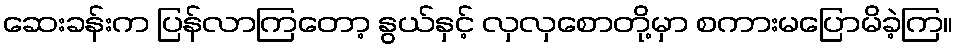
ဆေးခန်းက ပြန်လာကြတော့ နွယ်နှင့် လှလှစောတို့မှာ စကားမပြောမိခဲ့ကြ။